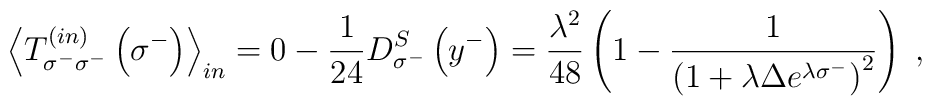
{\left<T_{\sigma^-\sigma^-}^{\left(in\right)}\left(\sigma^-\right)\right>}_{in}=0-{1\over24}D_{\sigma^-}^S\left(y^-\right)={\lambda^2\over48}\left(1-{1\over{{\left(1+\lambda\Delta e^{\lambda\sigma^-}\right)}^2}}\right)\;,